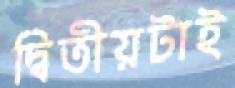
দ্বিতীয়টাই